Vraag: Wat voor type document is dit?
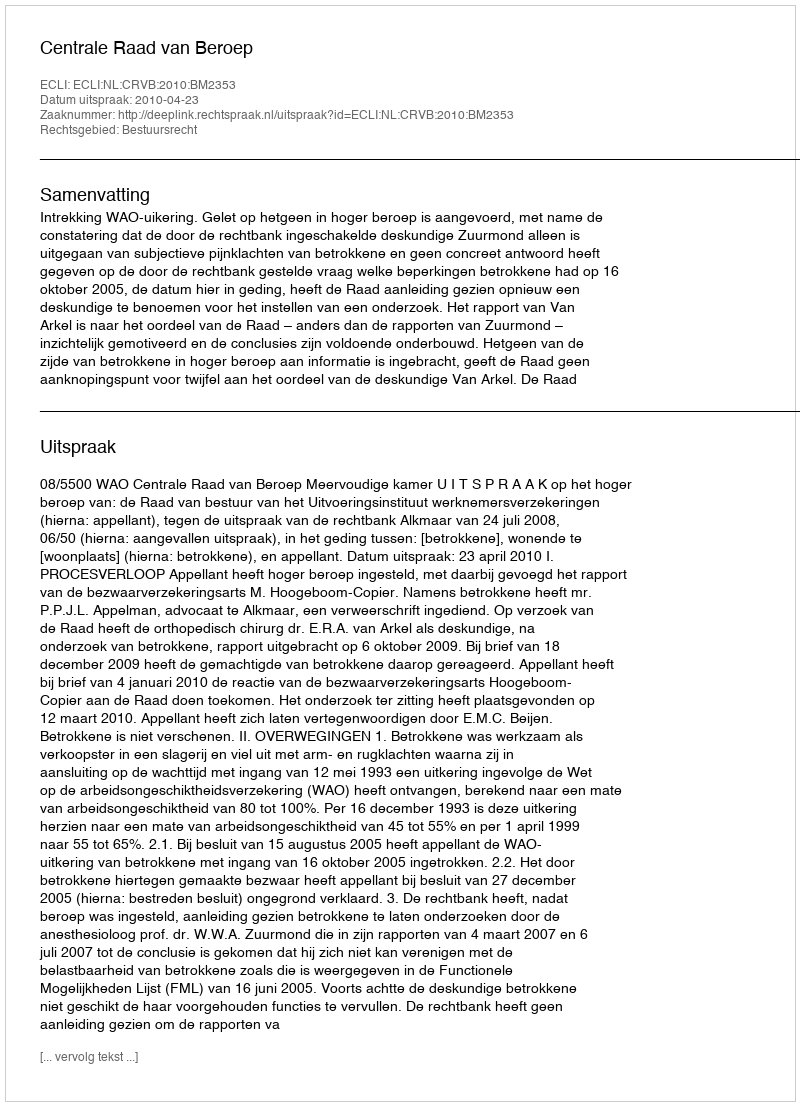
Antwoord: Uitspraak